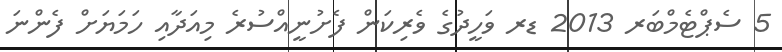
5 ސެޕްޓެމްބަރ 2013 ޑރ ވަހީދުގެ ވެރިކަން ފެށުނީއްސުރެ މިއަދާއި ހަމަޔަށް ފެންނަ